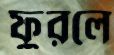
ফুরলে